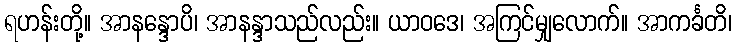
ရဟန်းတို့။ အာနန္ဒောပိ၊ အာနန္ဒာသည်လည်း။ ယာဝဒေ၊ အကြင်မျှလောက်။ အာကင်္ခတိ၊